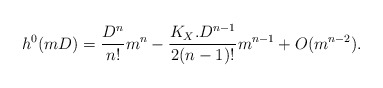
\begin{align*}h^0(mD)=\frac{D^n}{n!}m^n-\frac{K_X.D^{n-1}}{2(n-1)!}m^{n-1}+O(m^{n-2}).\end{align*}